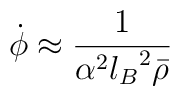
\dot{\phi}\approx{1\over\alpha^2{l_B}^2\bar{\rho}}